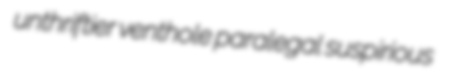
unthriftier venthole paralegal suspirious